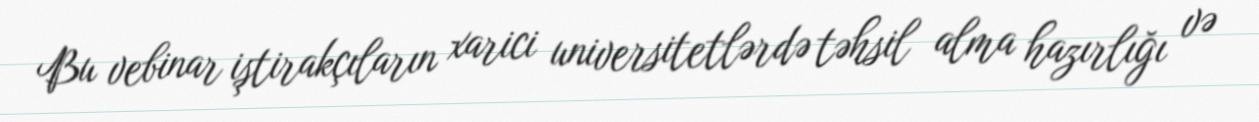
Bu vebinar iştirakçıların xarici universitetlərdə təhsil alma hazırlığı və